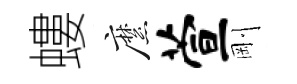
螻縻萱剛